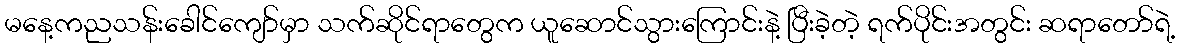
မနေ့ကညသန်းခေါင်ကျော်မှာ သက်ဆိုင်ရာတွေက ယူဆောင်သွားကြောင်းနဲ့ ပြီးခဲ့တဲ့ ရက်ပိုင်းအတွင်း ဆရာတော်ရဲ့